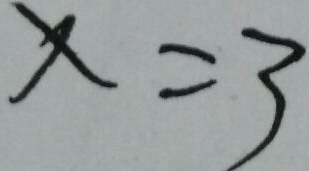
x = 3